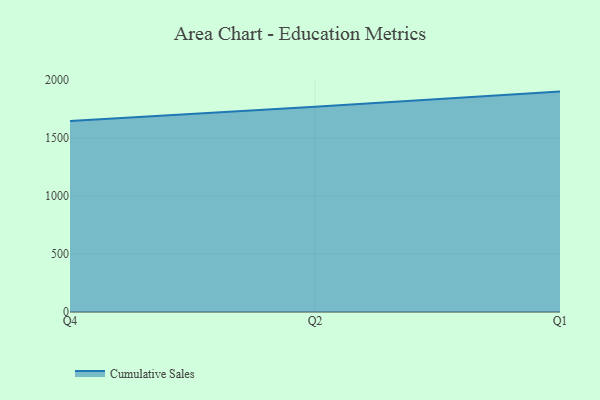
{"axis": {"x": "Quarter", "y": "Bounce Rate (%)"}, "legend": ["Cumulative Sales"], "data": [{"x": "Q4", "y": 1648.2, "type": "Cumulative Sales"}, {"x": "Q2", "y": 1771.3, "type": "Cumulative Sales"}, {"x": "Q1", "y": 1901.3, "type": "Cumulative Sales"}]}